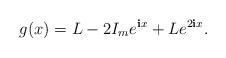
LaTeX: \begin{align*}g(x)= L-2I_{m} e^{\mathbf{i}x}+ L e^{2\mathbf{i}x}.\end{align*}